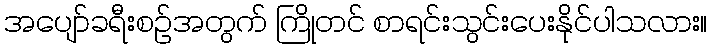
အပျော်ခရီးစဉ်အတွက် ကြိုတင် စာရင်းသွင်းပေးနိုင်ပါသလား။